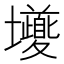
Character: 𭐎